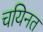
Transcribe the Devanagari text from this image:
चयिनत